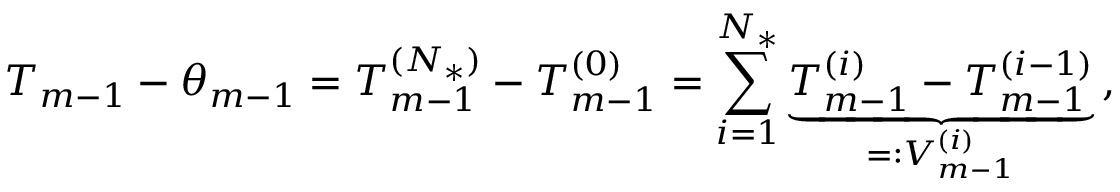
T _ { m - 1 } - \theta _ { m - 1 } = T _ { m - 1 } ^ { ( { N _ { * } } ) } - T _ { m - 1 } ^ { ( 0 ) } = \sum _ { i = 1 } ^ { { N _ { * } } } \underbrace { T _ { m - 1 } ^ { ( i ) } - T _ { m - 1 } ^ { ( i - 1 ) } } _ { = : V _ { m - 1 } ^ { ( i ) } } \, ,